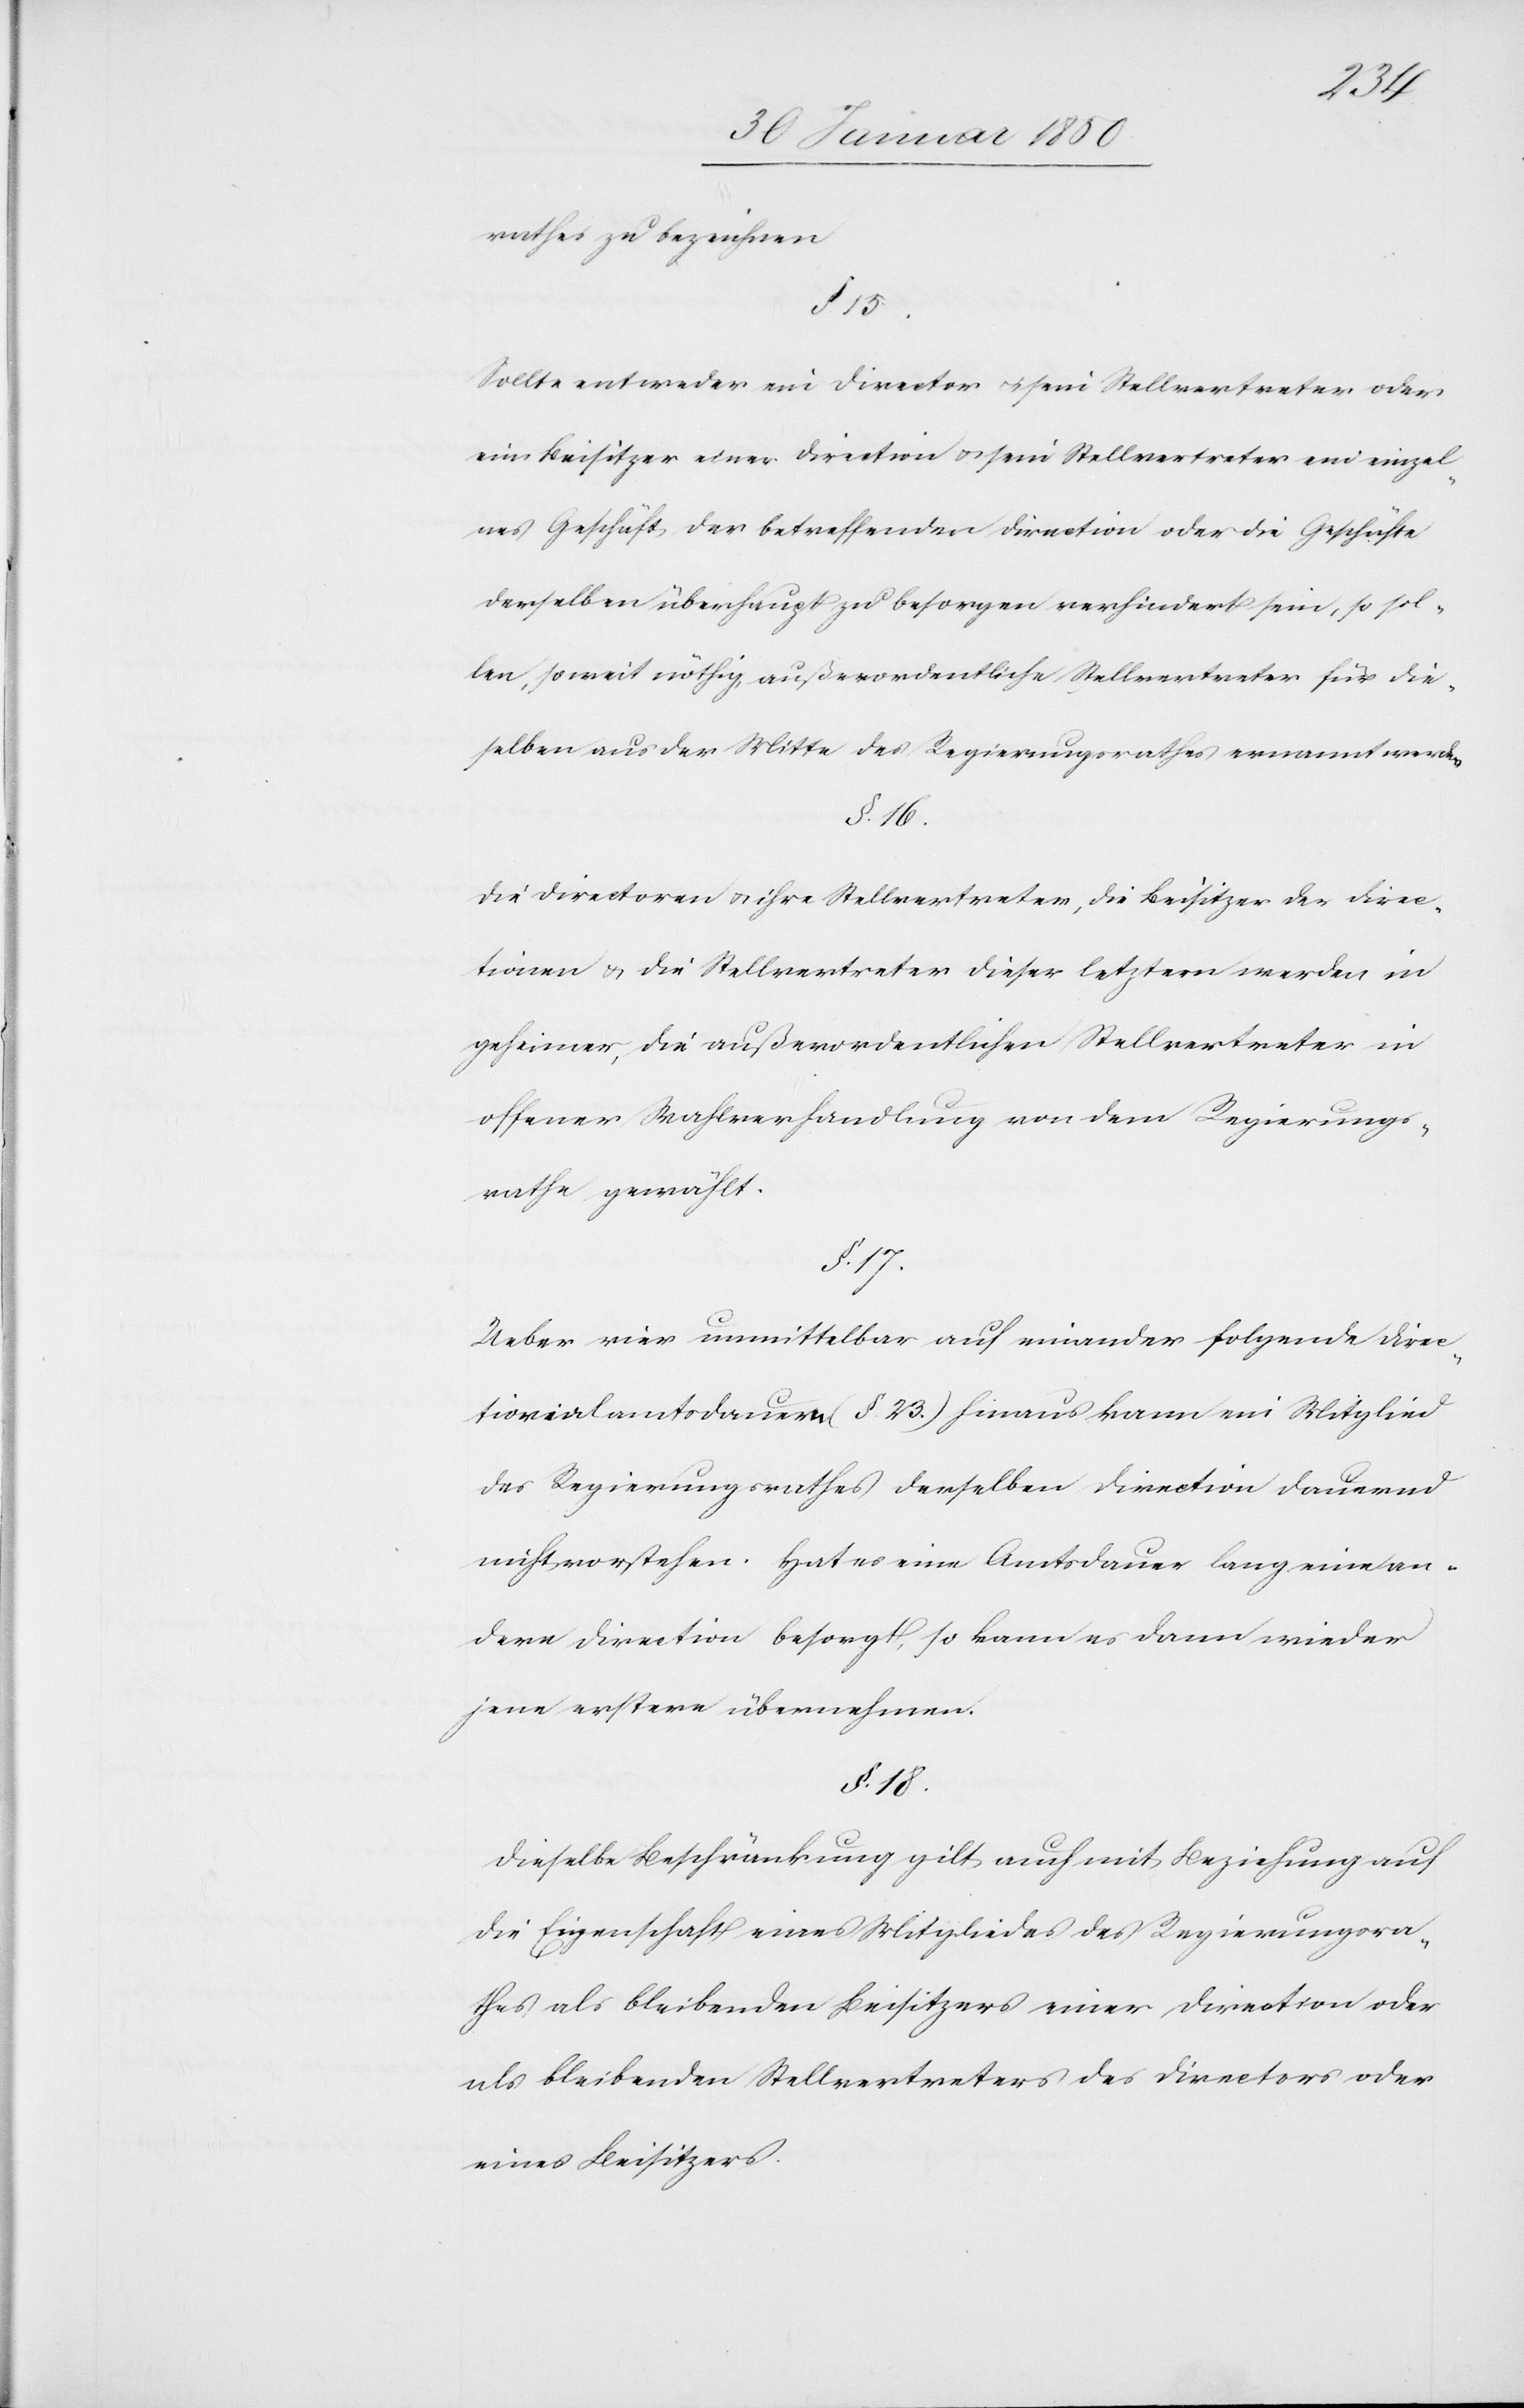
rathes zu bezeichnen.
§. 15.
Sollte entweder ein Director u. sein Stellvertreter oder
ein Beisitzer einer Direction u. sein Stellvertreter ein einzel¬
nes Geschäft der betreffenden Direction oder die Geschäfte
derselben überhaupt zu besorgen verhindert sein, so sol¬
len, soweit nöthig, außerordentliche Stellvertreter für die¬
selben aus der Mitte des Regierungsrathes ernannt werden.
§. 16.
Die Directoren u. ihre Stellvertreter, die Beisitzer der Direc¬
tionen u. die Stellvertreter dieser letztern werden in
geheimer, die außerordentlichen Stellvertreter in
offener Wahlverhandlung von dem Regierungs¬
rathe gewählt.
§. 17.
Ueber vier unmittelbar auf einander folgende Direc¬
tiorialamtsdauern (§. 23.) hinaus kann ein Mitglied
des Regierungsrathes derselben Direction dauernd
nicht vorstehen. Hat es eine Amtsdauer lang eine an¬
dere Direction besorgt, so kann es dann wieder
jene erstere übernehmen.
§. 18.
Dieselbe Beschränkung gilt auch mit Beziehung auf
die Eigenschaft eines Mitgliedes des Regierungsra¬
thes als bleibenden Beisitzers einer Direction oder
als bleibenden Stellvertreters des Directors oder
eines Beisitzers.